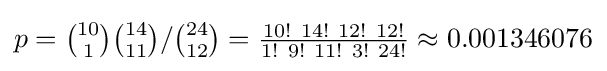
p={{\tbinom {10}{1}}{\tbinom {14}{11}}}/{\tbinom {24}{12}}={\tfrac {10!~14!~12!~12!}{1!~9!~11!~3!~24!}}\approx 0.001346076